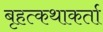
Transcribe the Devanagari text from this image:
बृहत्कथाकर्ता